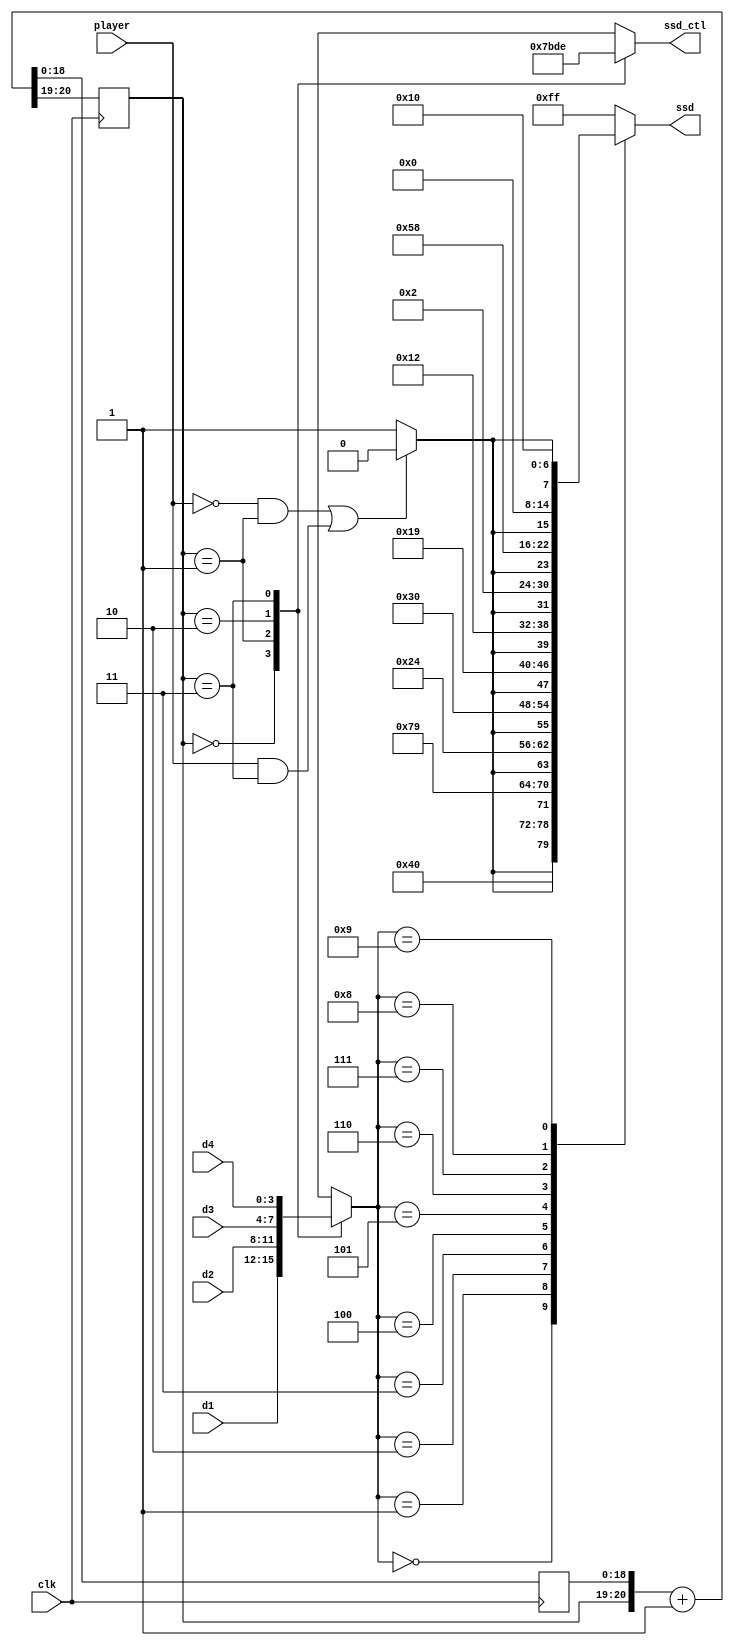
`timescale 1ns / 1ps
//////////////////////////////////////////////////////////////////////////////////
// Company: 
// Engineer: 
// 
// Design Name: 
// Module Name: ssd
// Project Name: 
// Target Devices: 
// Tool Versions: 
// Description: 
// 
// Dependencies: 
// 
// Revision:
// Revision 0.01 - File Created
// Additional Comments:
// 
//////////////////////////////////////////////////////////////////////////////////


module ssd(
    input clk,
    input player,
    input [3:0] d1,
    input [3:0] d2,
    input [3:0] d3,
    input [3:0] d4,
    output reg [7:0] ssd,
    output reg [3:0] ssd_ctl
    );
    reg [18:0]f = 19'b0;
    reg [1:0]sel = 2'b0;
    reg [3:0]d_in;
    always@(posedge clk)
            {sel, f} = {sel, f} + 1'b1;
    always@*
    begin
        case(sel)
        2'b00: ssd_ctl = 4'b0111;
        2'b01: ssd_ctl = 4'b1011;
        2'b10: ssd_ctl = 4'b1101;
        2'b11: ssd_ctl = 4'b1110;
        default: ssd_ctl = 4'b1111;
        endcase
        
        case(sel)
        2'b00: d_in = d1;
        2'b01: d_in = d2;
        2'b10: d_in = d3;
        2'b11: d_in = d4;
        default: d_in = d1;
        endcase
    end
    always@*
    case(d_in)
    4'd0: ssd = {((player == 1'b0 && sel == 2'b01) || (player == 1'b1 && sel == 2'b11))?1'b0:1'b1, 7'b1000000};
    4'd1: ssd = {((player == 1'b0 && sel == 2'b01) || (player == 1'b1 && sel == 2'b11))?1'b0:1'b1, 7'b1111001};
    4'd2: ssd = {((player == 1'b0 && sel == 2'b01) || (player == 1'b1 && sel == 2'b11))?1'b0:1'b1, 7'b0100100};
    4'd3: ssd = {((player == 1'b0 && sel == 2'b01) || (player == 1'b1 && sel == 2'b11))?1'b0:1'b1, 7'b0110000};
    4'd4: ssd = {((player == 1'b0 && sel == 2'b01) || (player == 1'b1 && sel == 2'b11))?1'b0:1'b1, 7'b0011001};
    4'd5: ssd = {((player == 1'b0 && sel == 2'b01) || (player == 1'b1 && sel == 2'b11))?1'b0:1'b1, 7'b0010010};
    4'd6: ssd = {((player == 1'b0 && sel == 2'b01) || (player == 1'b1 && sel == 2'b11))?1'b0:1'b1, 7'b0000010};
    4'd7: ssd = {((player == 1'b0 && sel == 2'b01) || (player == 1'b1 && sel == 2'b11))?1'b0:1'b1, 7'b1011000};
    4'd8: ssd = {((player == 1'b0 && sel == 2'b01) || (player == 1'b1 && sel == 2'b11))?1'b0:1'b1, 7'b0000000};
    4'd9: ssd = {((player == 1'b0 && sel == 2'b01) || (player == 1'b1 && sel == 2'b11))?1'b0:1'b1, 7'b0010000};
    default :ssd = 8'b11111111;
    endcase
endmodule